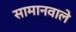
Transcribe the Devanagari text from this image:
सामानवाले